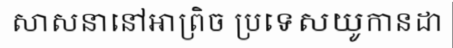
សាសនានៅអាព្រិច ប្រទេសយូកានដា